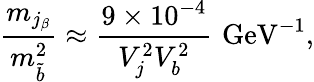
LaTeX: \frac{m_{j_{\beta}}}{m_{\tilde{b}}^{2}}\approx\frac{9\times 10^{-4}}{V_{j}^{2}V_{b}^{2}}\, \, \mathrm{GeV}^{-1},